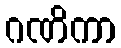
ဂဏိကာ